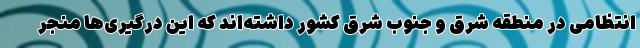
انتظامی در منطقه شرق و جنوب شرق کشور داشته‌اند که این درگیری‌ها منجر